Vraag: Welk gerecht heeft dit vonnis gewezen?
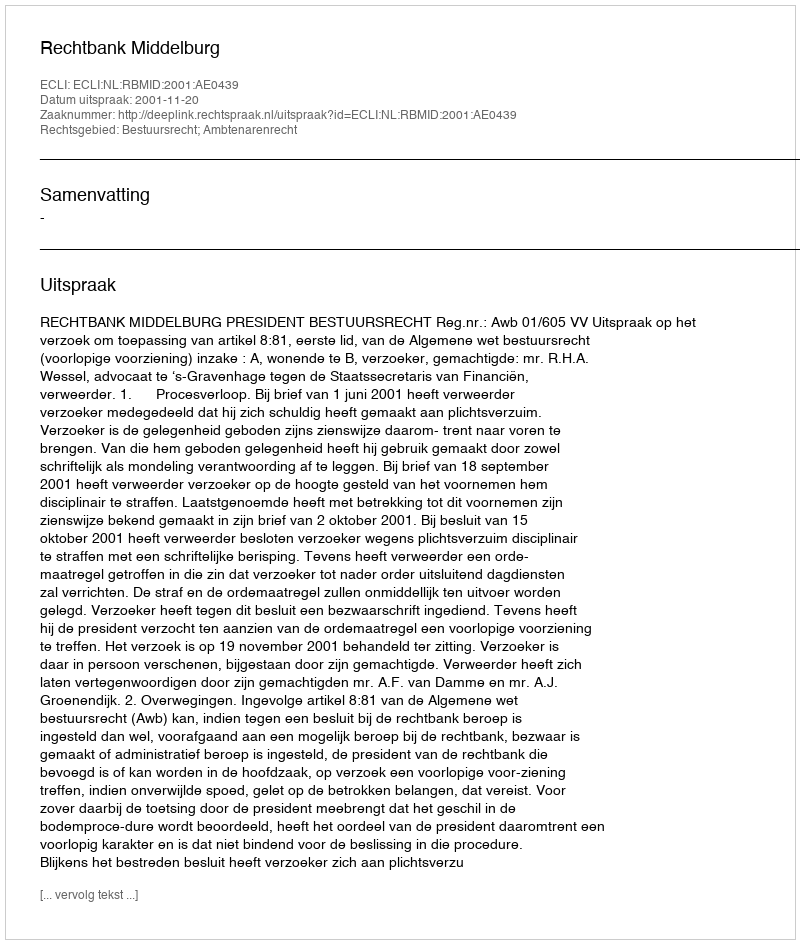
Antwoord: Rechtbank Middelburg